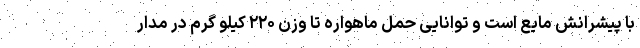
با پیشرانش مایع است و توانایی حمل ماهواره تا وزن ۲۲۰ کیلو گرم در مدار